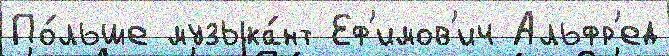
По́льше музыка́нт Еф'имов'ич Альфр'ед